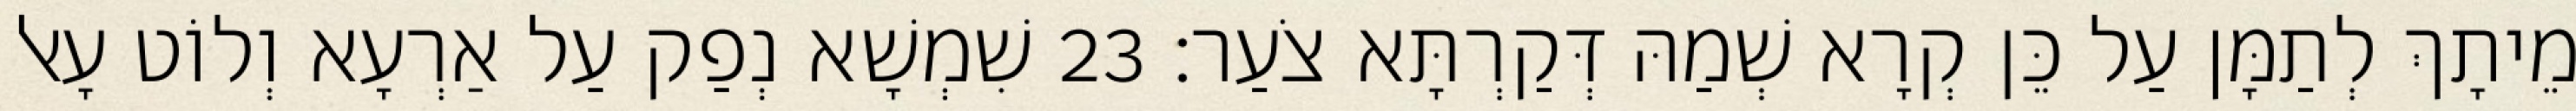
מֵיתָךְ לְתַמָּן עַל כֵּן קְרָא שְׁמַהּ דְּקַרְתָּא צֹעַר׃ 23 שִׁמְשָׁא נְפַק עַל אַרְעָא וְלוֹט עָאל